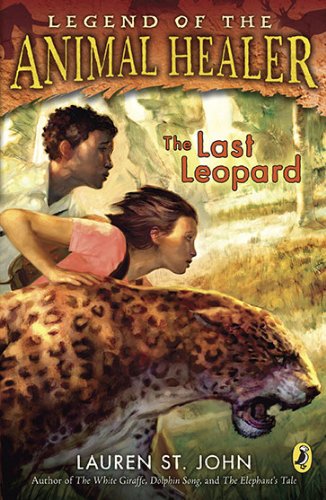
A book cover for The Last Leopard (African Adventures); Lauren St. John; Children's Books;